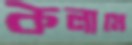
কলামে